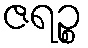
ဇရဉ္စ